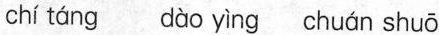
chí táng dào yìng chuán shuō